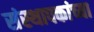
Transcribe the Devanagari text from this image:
संस्थापकांच्या